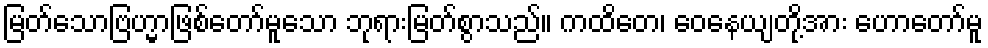
မြတ်သောဗြဟ္မာဖြစ်တော်မူသော ဘုရားမြတ်စွာသည်။ ကထိတေ၊ ဝေနေယျတို့အား ဟောတော်မူ